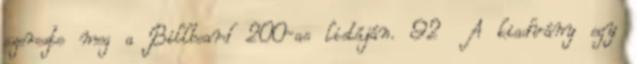
szerezte meg a Billboard 200-as listáján. 92 A kiadvány egy